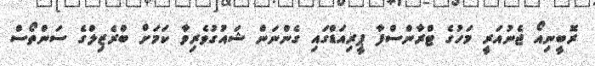
ރޮބީނިއޯ ޖެނުއަރީ މަހުގެ ޓްރާންސްފާ ޕީރިއަޑްގައި ގެންނަން ޝައުގުވެރިވާ ކަމަށް ބްރެޒިލްގެ ސަންތޯސް